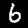
Label: 6